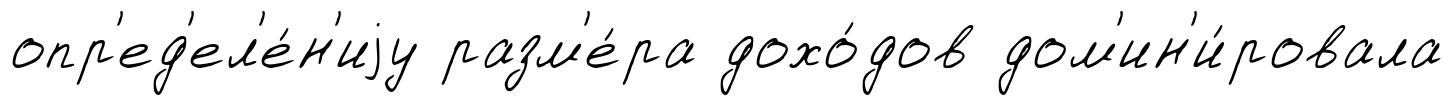
опр'ед'ел'е́н'иjу разм'е́ра дохо́дов дом'ин'и́ровала